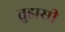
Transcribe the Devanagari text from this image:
तुझसी